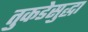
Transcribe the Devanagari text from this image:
तुकडेसुद्धा